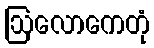
ဩလောကေတုံ